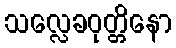
သလ္လေခဝုတ္တိနော